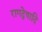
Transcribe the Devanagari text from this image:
रागद्वेषादि